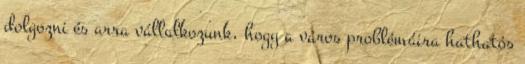
dolgozni és arra vállalkozunk, hogy a város problémáira hathatós